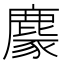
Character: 𪋁